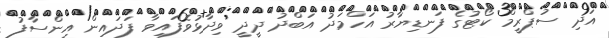
އަދި ސުޕްރީމް ކޯޓުގެ ފަނޑިޔާރު އަހްމަދު އަބްދު ދީދީ ވިދާޅުވެފައިވާ ފަދައިން އިންސާފު